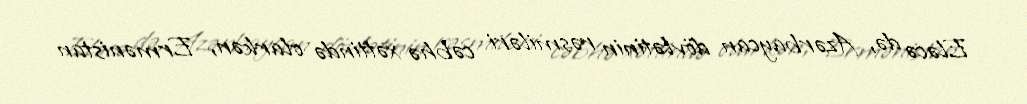
Eləcə də, Azərbaycan dövlətinin rəsmiləri cəbhə xəttində olarkən, Ermənistan